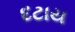
દટાય